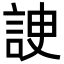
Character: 䛕